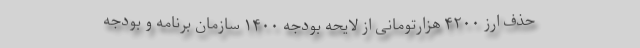
حذف ارز ۴٢٠٠ هزارتومانی از لایحه بودجه ١۴٠٠ سازمان برنامه و بودجه